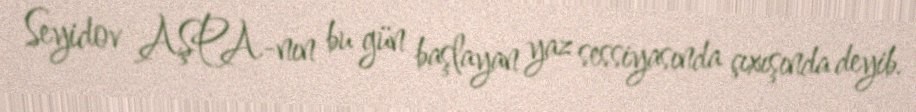
Seyidov AŞPA-nın bu gün başlayan yaz sessiyasında çıxışında deyib.